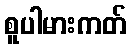
စူပါမားကတ်